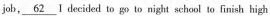
job, \underline{62}Ⅰ decided to go to night school to finish high